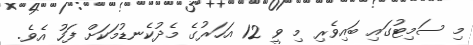
މި ސަމިޓުގައި ބައިވެރި މި ވީ 12 އަހަރުގެ މެދުކެނޑުމަކަށް ފަހު އެވެ.